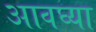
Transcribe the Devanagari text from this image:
आवघ्या